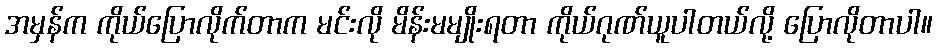
အမှန်က ကိုယ်ပြောလိုက်တာက မင်းလို မိန်းမမျိုးရတာ ကိုယ်ဂုဏ်ယူပါတယ်လို့ ပြောလိုတာပါ။